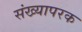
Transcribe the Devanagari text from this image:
संख्यापरक